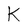
Character: K